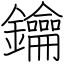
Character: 鑰